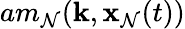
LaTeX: am_{\mathcal{N}}({\mathbf{k}},{\mathbf{x}}_{\mathcal{N}}(t))